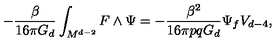
- \frac { \beta } { 1 6 \pi G _ { d } } \int _ { M ^ { d - 2 } } F \wedge \Psi = - \frac { \beta ^ { 2 } } { 1 6 \pi p q G _ { d } } \Psi _ { f } V _ { d - 4 } ,